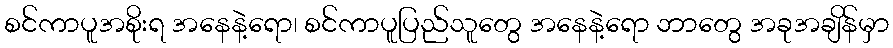
စင်ကာပူအစိုးရ အနေနဲ့ရော၊ စင်ကာပူပြည်သူတွေ အနေနဲ့ရော ဘာတွေ အခုအချိန်မှာ